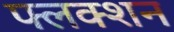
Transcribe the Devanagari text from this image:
फ्लक्शन